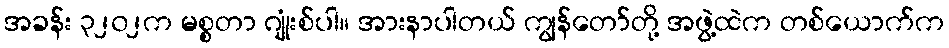
အခန်း ၃၂၀၂က မစ္စတာ ဂျုံးစ်ပါ။ အားနာပါတယ် ကျွန်တော်တို့ အဖွဲ့ထဲက တစ်ယောက်က